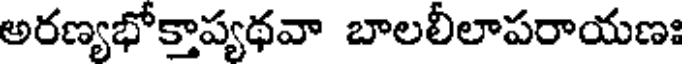
అరణ్యభోక్తాప్యథవా బాలలీలాపరాయణః